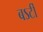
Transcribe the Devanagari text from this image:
बऽर्टी